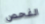
الفحص